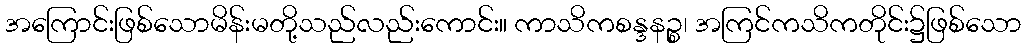
အကြောင်းဖြစ်သောမိန်းမတို့သည်လည်းကောင်း။ ကာသိကစန္ဒနဉ္စ၊ အကြင်ကသိကတိုင်း၌ဖြစ်သော